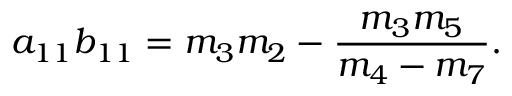
a _ { 1 1 } b _ { 1 1 } = m _ { 3 } m _ { 2 } - \frac { m _ { 3 } m _ { 5 } } { m _ { 4 } - m _ { 7 } } .